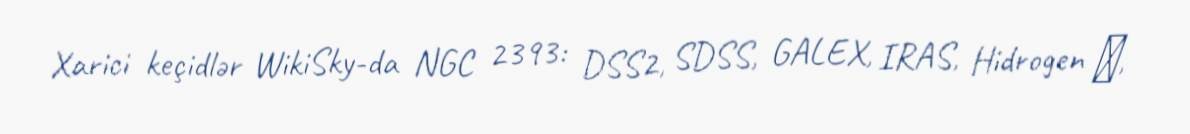
Xarici keçidlər WikiSky-da NGC 2393: DSS2, SDSS, GALEX, IRAS, Hidrogen α,